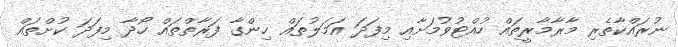
ނުރައްކާތެރި މާރާމާރީތައް ހުއްޓުވުމަށާއި މިފަދަ އަމަލުތައް ހިންގާ ފަރާތްތައް ހޯދާ މިފަދަ ކުށްތައް